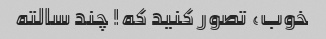
خوب، تصور کنید که! چند سالته